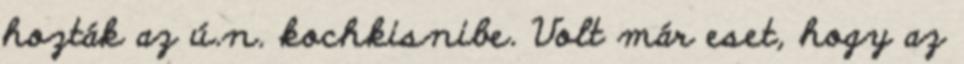
hozták az ú.n. kochkisnibe. Volt már eset, hogy az